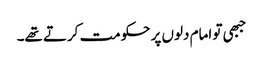
جبھی تو امام دلوں پر حکومت کرتے تھے۔